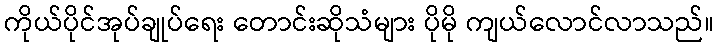
ကိုယ်ပိုင်အုပ်ချုပ်ရေး တောင်းဆိုသံများ ပိုမို ကျယ်လောင်လာသည်။